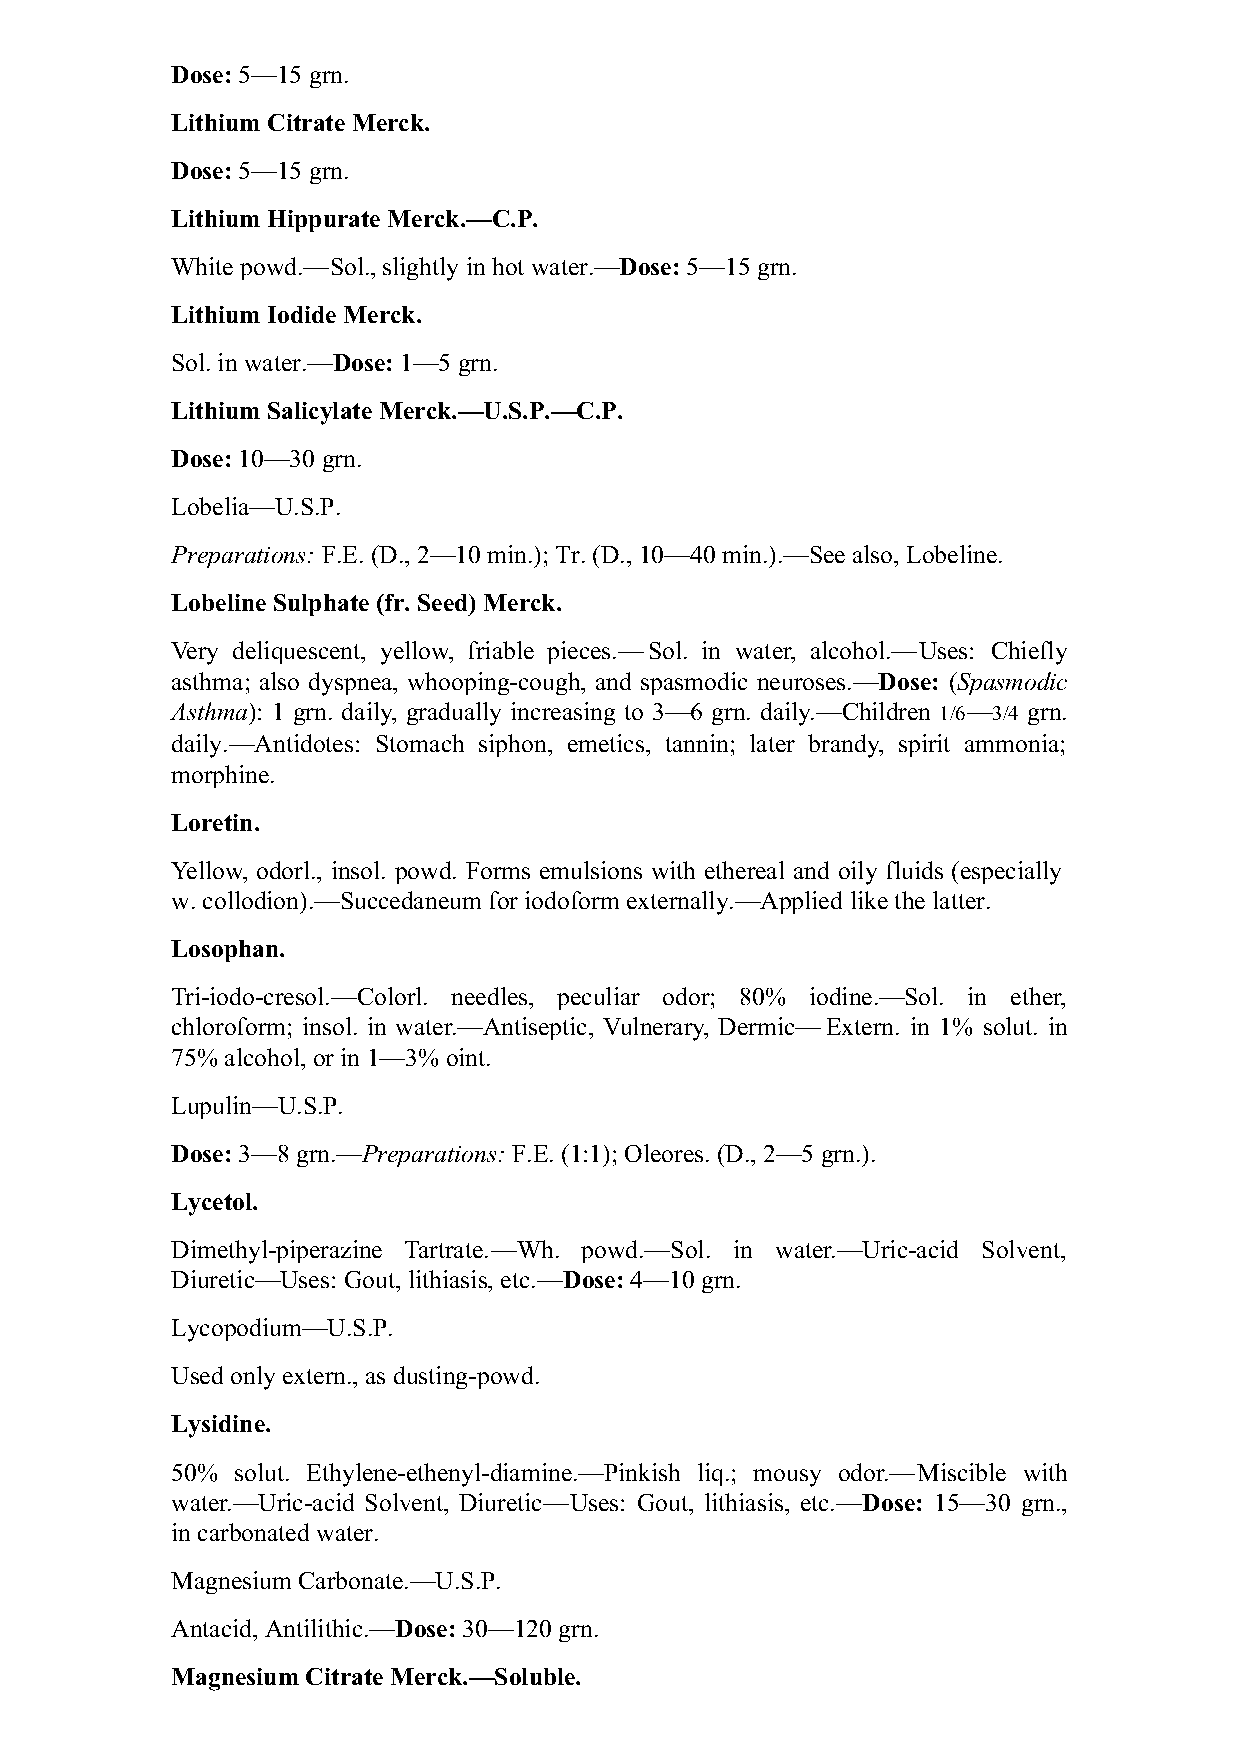
Dose: 5—15 grn.
 Lithium Citrate Merck.
 Dose: 5—15 grn.
 Lithium Hippurate Merck.—C.P.
 White powd.—Sol., slightly in hot water.—Dose: 5—15 grn.
 Lithium Iodide Merck.
 Sol. in water.—Dose: 1—5 grn.
 Lithium Salicylate Merck.—U.S.P.—C.P.
 Dose: 10—30 grn.
 Lobelia—U.S.P.
 Preparations: F.E. (D., 2—10 min.); Tr. (D., 10—40 min.).—See also, Lobeline.
 Lobeline Sulphate (fr. Seed) Merck.
 Very deliquescent, yellow, friable pieces.—Sol. in water, alcohol.—Uses: Chiefly
 asthma; also dyspnea, whooping-cough, and spasmodic neuroses.—Dose: (Spasmodic
 Asthma): 1 grn. daily, gradually increasing to 3—6 grn. daily.—Children 1/6—3/4 grn.
 daily.—Antidotes: Stomach siphon, emetics, tannin; later brandy, spirit ammonia;
 morphine.
 Loretin.
 Yellow, odorl., insol. powd. Forms emulsions with ethereal and oily fluids (especially
 w. collodion).—Succedaneum for iodoform externally.—Applied like the latter.
 Losophan.
 Tri-iodo-cresol.—Colorl. needles, peculiar odor; 80% iodine.—Sol. in ether,
 chloroform; insol. in water.—Antiseptic, Vulnerary, Dermic—Extern. in 1% solut. in
 75% alcohol, or in 1—3% oint.
 Lupulin—U.S.P.
 Dose: 3—8 grn.—Preparations: F.E. (1:1); Oleores. (D., 2—5 grn.).
 Lycetol.
 Dimethyl-piperazine Tartrate.—Wh. powd.—Sol. in water.—Uric-acid Solvent,
 Diuretic—Uses: Gout, lithiasis, etc.—Dose: 4—10 grn.
 Lycopodium—U.S.P.
 Used only extern., as dusting-powd.
 Lysidine.
 50% solut. Ethylene-ethenyl-diamine.—Pinkish liq.; mousy odor.—Miscible with
 water.—Uric-acid Solvent, Diuretic—Uses: Gout, lithiasis, etc.—Dose: 15—30 grn.,
 in carbonated water.
 Magnesium Carbonate.—U.S.P.
 Antacid, Antilithic.—Dose: 30—120 grn.
 Magnesium Citrate Merck.—Soluble.